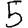
Digit: 5